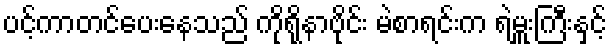
ပင့်ကာတင်ပေးနေသည် ကိုရိုနာဗိုင်း မဲစာရင်းက ရဲမှူးကြီးနှင့်